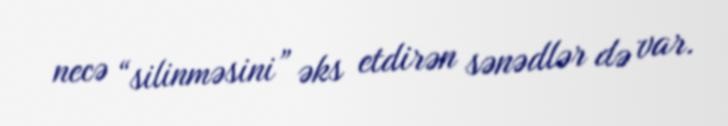
necə “silinməsini” əks etdirən sənədlər də var.